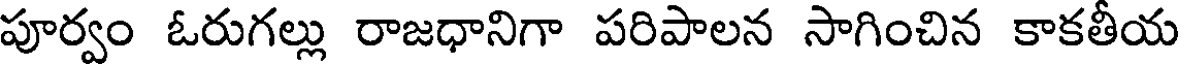
పూర్వం ఓరుగల్లు రాజధానిగా పరిపాలన సాగించిన కాకతీయ